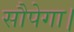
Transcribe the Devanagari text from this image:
सौपेगा।